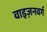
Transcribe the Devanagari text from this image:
वाइज़नवर्ग